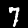
Label: 7